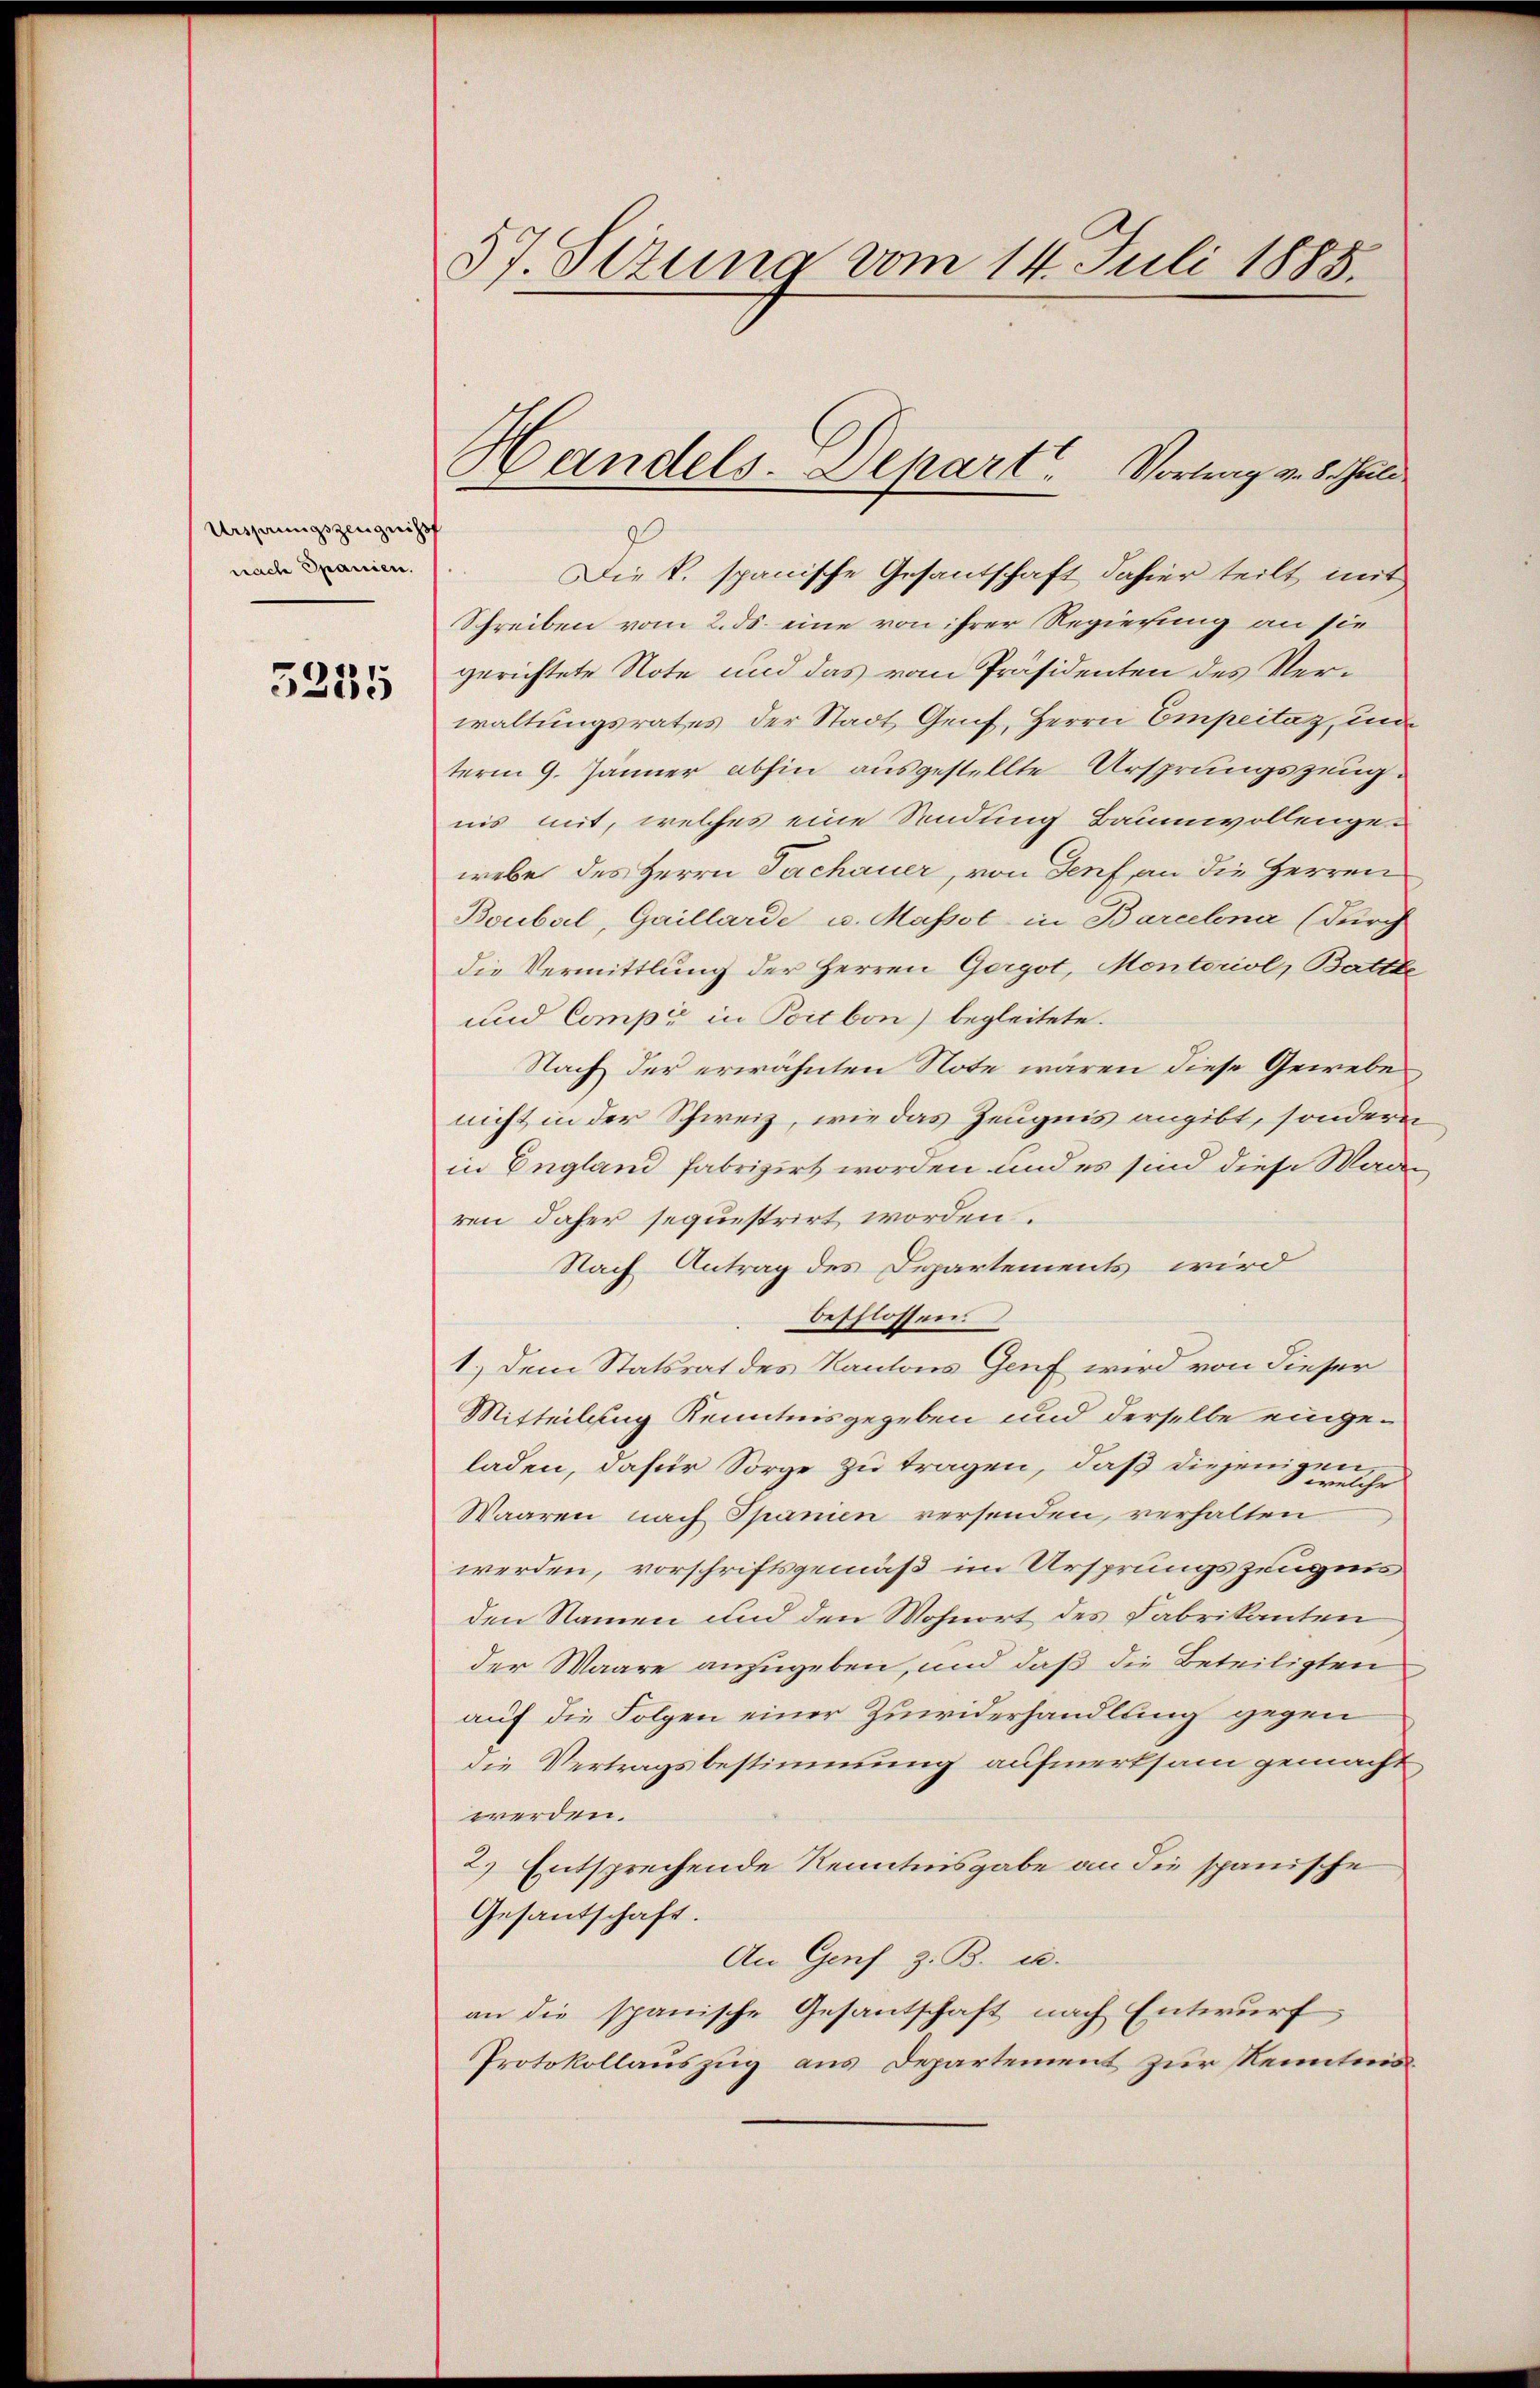
Ursprungszeugniss
nach Spanien.

5235

57. Sizung vom 14. Juli 1885.

Die k. spanische Gesantschaft dahier teilt mit
Schreiben vom 2. ds. eine von ihrer Regierung an sie
gerichtete Note und das vom Präsidenten des Verwaltungsrates der Stadt Genf, Herrn Empeitaz, un
term 9. Jänner abhin ausgestellte Ursprungszeugnis mit, welches eine Sendung Baumwollenge-
webe des Herrn Fachauer, von Senf, an die Herren
Boubal, Gaillarde u. Massol in Barcelena (durch
die Vermittlung der Herren Gorgot, Montoriol, Battle
und Comp. in Poitbon) begleitete.
Nach der erwähnten Note wären diese Gewebe
nicht in der Schweiz, wie das Zeugnis angibt, sondern
in England fabrizirt worden und es sind diese Waden
ren daher sequestrirt worden.
Nach Antrag des Departements wird
beschlossen
1.) Dem Statsrat des Kantons Genf wird von dieser
Mitteilung Kenntnisgegeben und derselbe eingeladen, dafür Sorge zu tragen, daß diejenigen ehr
Waaren nach Spanien versenden, verhalten
werden, vorschriftsgemäß im Ursprungszeugnis
den Namen und den Wohnort des Fabrikanten
der Waare anzugeben, und daß die Beteiligten
auf die Folgen einer Zuwiderhandlung gegen
die Vertragsbestimmung aufmerksam gemacht
werden.
2.) Entsprechende Kenntnisgabe an die spanische
Gesantschaft.
An Genf z. B. u.
an die spanische Gesandtschaft nach Entwurf
Protokollauszug aus Departement zur Kenntnis

Handels. Depart. Vortrag von 8. Juli.